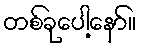
တစ်ခုပေါ့နော်။